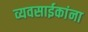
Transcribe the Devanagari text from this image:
व्यवसाईकांना